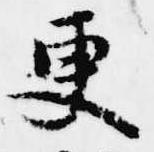
更